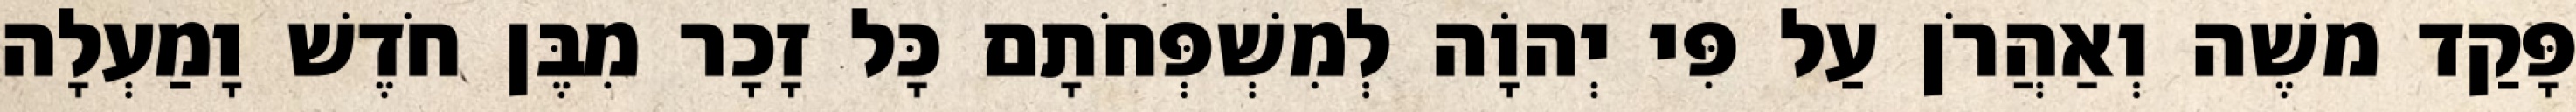
פָּקַד משֶׁה וְאַהֲרֹן עַל פִּי יְהוָֹה לְמִשְׁפְּחֹתָם כָּל זָכָר מִבֶּן חֹדֶשׁ וָמַעְלָה